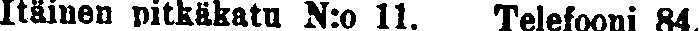
Itäinen pitkäkatu N:o 11. Telefooni 84.